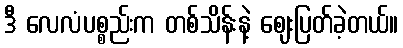
ဒီ လေလံပစ္စည်းက တစ်သိန်းနဲ့ ဈေးပြတ်ခဲ့တယ်။